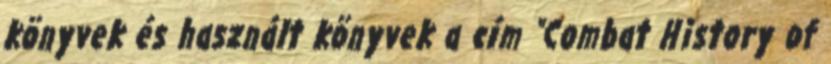
könyvek és használt könyvek a cím "Combat History of